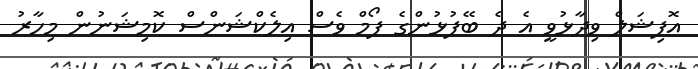
އޮފިޝަލް ވިދާޅުވީ އެ ދެ ބޭފުޅުންގެ ފޯމް ވެސް އިލެކްޝަންސް ކޮމިޝަނުން މިހާރު